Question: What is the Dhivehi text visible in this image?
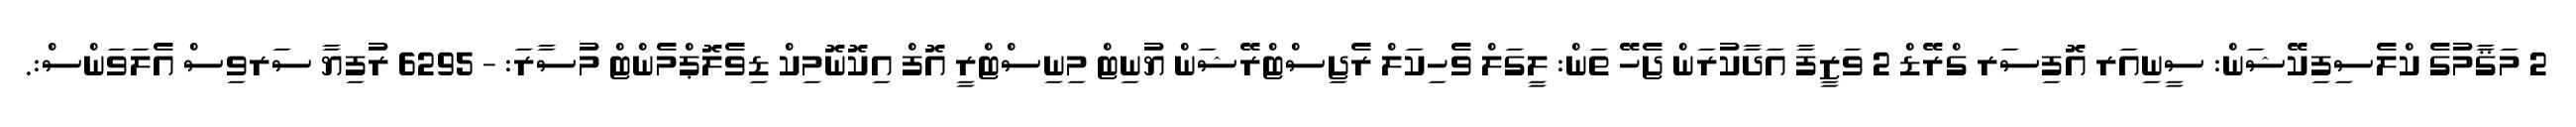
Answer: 2 މަޤާމުގެ ކްލެސިފިކޭޝަން: ސީނިއަރ އޮފިސަރ ގްރޭޑް 2 ވަޒީފާ އަދާކުރަން ޖެހޭ ތަން: ލީގަލް ވެހިކަލް ރެޖިސްޓްރޭޝަން ޔުނިޓް މިނިސްޓްރީ އޮފް އިކޮނޮމިކް ޑިވެލޮޕްމެންޓް މުސާރަ: - 6295 ރުފިޔާ ސަރވިސް އެލަވަންސް:.